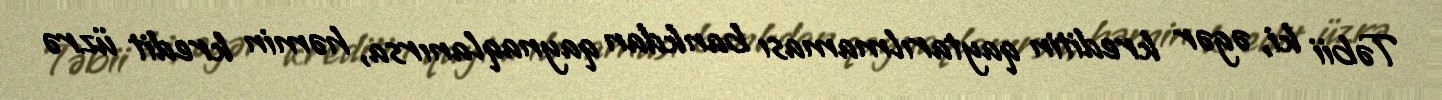
Təbii ki, əgər kreditin qaytarılmaması bankdan qaynaqlanırsa, həmin kredit üzrə